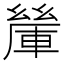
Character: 𨍃